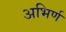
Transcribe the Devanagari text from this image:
अभिर्ण